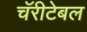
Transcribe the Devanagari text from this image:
चॅरीटेबल